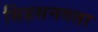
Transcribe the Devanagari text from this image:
सिंहसनगता